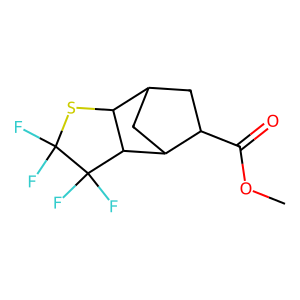
SMILES: COC(=O)C1CC2CC1C1C2SC(F)(F)C1(F)F
Inhibits HIV replication: No